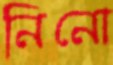
নিনো